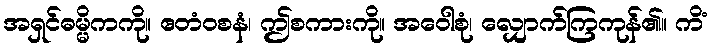
အရှင်ဓမ္မိကကို။ ဧတံဝစနံ၊ ဤစကားကို။ အဝေါစုံ၊ လျှောက်ကြကုန်၏။ ကိံ